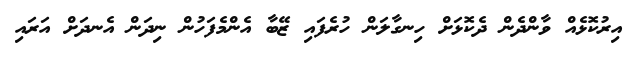
އިރުކޮޅެއް ވާންދެން ދެކޮޅަށް ހިނގާލަން ހުރެފައި ޒޭބާ އެންމެފަހުން ނިދަން އެނދަށް އަރައި